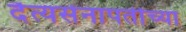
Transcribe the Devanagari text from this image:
दैत्यसेनापतींच्या